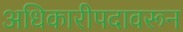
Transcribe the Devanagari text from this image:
अधिकारीपदावरून